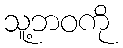
သူ့ဘဝကို